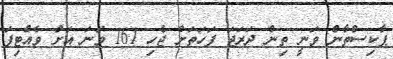
ޕާކިސްތާން ވަނީ ތިން ދަރަޖަ ފަހަތަށް ޖެހި 161 ވަނަ އަށް ވެއްޓިފަ